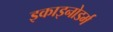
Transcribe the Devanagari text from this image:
इकाइनोडर्म